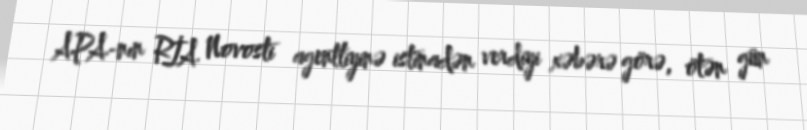
APA-nın RİA Novosti agentliyinə istinadən verdiyi xəbərə görə, ötən gün